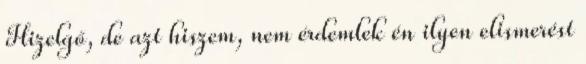
Hizelgő, de azt hiszem, nem érdemlek én ilyen elismerést